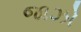
જાઝો